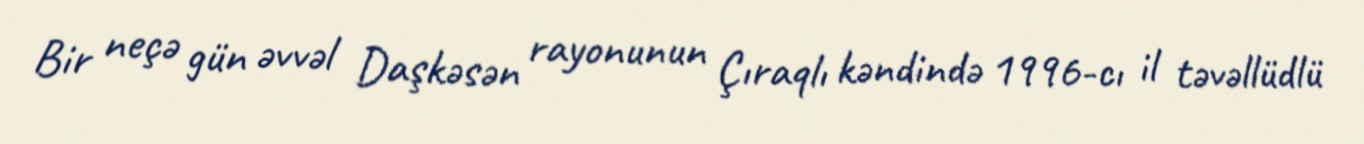
Bir neçə gün əvvəl Daşkəsən rayonunun Çıraqlı kəndində 1996-cı il təvəllüdlü